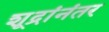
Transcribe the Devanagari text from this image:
शूद्रांनंतर